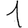
Digit: 1